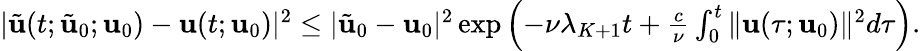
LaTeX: \begin{array}{r}{|\tilde{\mathbf{u}}(t;\tilde{\mathbf{u}}_{0};\mathbf{u}_{0})-\mathbf{u}(t;\mathbf{u}_{0})|^{2}\leq|\tilde{\mathbf{u}}_{0}-\mathbf{u}_{0}|^{2}\exp\left(-\nu\lambda_{K+1}t+\frac{c}{\nu}\int_{0}^{t}\| \mathbf{u}(\tau;\mathbf{u}_{0})\| ^{2}d\tau\right).}\end{array}